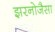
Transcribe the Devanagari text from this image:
झरनोजैसा